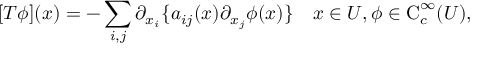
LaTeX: [ T \phi ] ( x ) = - \sum _ { i , j } \partial _ { x _ { i } } \{ a _ { i j } ( x ) \partial _ { x _ { j } } \phi ( x ) \} \quad x \in U , \phi \in \operatorname { C } _ { c } ^ { \infty } ( U ) ,